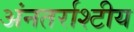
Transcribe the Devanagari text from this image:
अंनतर्राश्टीय